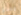
مسلح